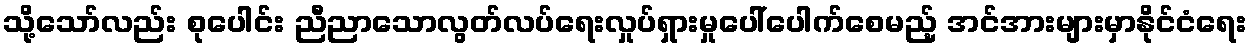
သို့သော်လည်း စုပေါင်း ညီညာသောလွတ်လပ်ရေးလှုပ်ရှားမှုပေါ်ပေါက်စေမည့် အင်အားများမှာနိုင်ငံရေး